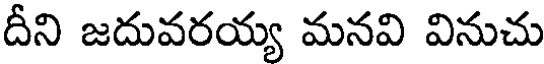
దీని జదువరయ్య మనవి వినుచు